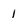
Character: I